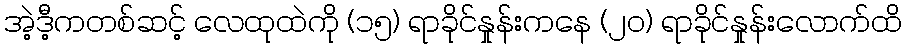
အဲ့ဒီ့ကတစ်ဆင့် လေထုထဲကို (၁၅) ရာခိုင်နှုန်းကနေ (၂၀) ရာခိုင်နှုန်းလောက်ထိ